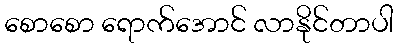
စောစော ရောက်အောင် လာနိုင်တာပါ